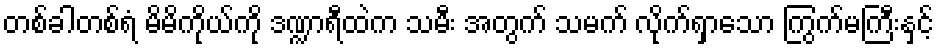
တစ်ခါတစ်ရံ မိမိကိုယ်ကို ဒဏ္ဍာရီထဲက သမီး အတွက် သမက် လိုက်ရှာသော ကြွက်မကြီးနှင့်